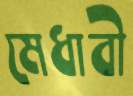
মেধাবী